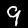
Digit: 9